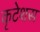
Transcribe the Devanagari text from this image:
कृटेशस